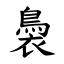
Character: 䙚